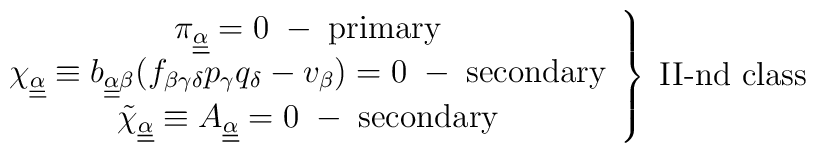
\left.\begin{array}{ccl}\pi_{\underline{\underline{\alpha}}} = 0 \;-\;\hbox{primary}     \\\chi_{\underline{\underline{\alpha}}} \equiv b_{\underline{\underline{\alpha}}\beta}(f_{\beta \gamma \delta}p_{\gamma}q_{\delta}-v_{\beta})=0\;-\;\hbox{secondary} \\\tilde{\chi}_{\underline{\underline{\alpha}}} \equiv A_{\underline{\underline{\alpha}}}=0\;-\;\hbox{secondary} \end{array}\right\} \; \hbox{II-nd class}